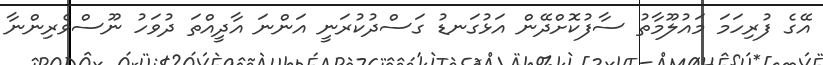
އޭގެ ފުރިހަމަ މައުލޫމާތު ސާފުކޮށްދޭން އަޅުގަނޑު ގަސްދުކުރަނީ އަންނަ އާދީއްތަ ދުވަހު ނޫސްވެރިންނާ